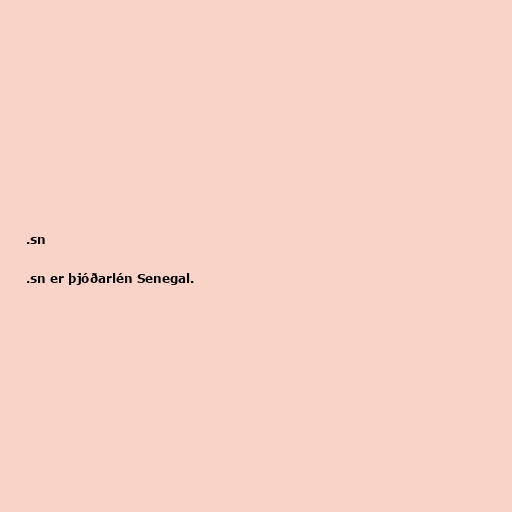
.sn

.sn er þjóðarlén Senegal.